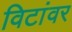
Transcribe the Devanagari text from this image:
विटांवर